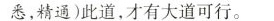
悉，精通)此道，才有大道可行。